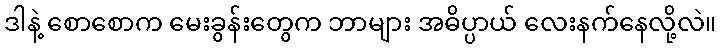
ဒါနဲ့ စောစောက မေးခွန်းတွေက ဘာများ အဓိပ္ပာယ် လေးနက်နေလို့လဲ။